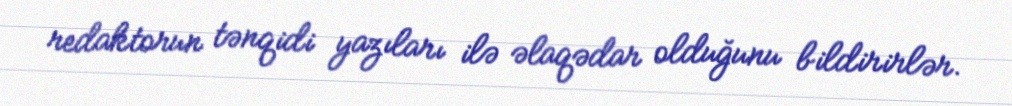
redaktorun tənqidi yazıları ilə əlaqədar olduğunu bildirirlər.